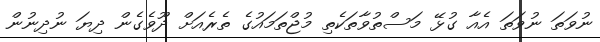
ނުވަތަ ނުވަތަ އެއާ ގުޅޭ މަސްތުވާތަކެތި މުޖްތަމައުގެ ތެރެއަށް ދޫވެގެން ދިިޔަ ނުދިނުން